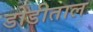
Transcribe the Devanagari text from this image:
डोडीताल